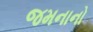
જમનાનો